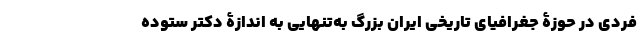
فردی در حوزۀ جغرافیای تاریخی ایران بزرگ به‌تنهایی به اندازۀ دکتر ستوده